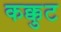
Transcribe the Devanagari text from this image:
कक्कुट